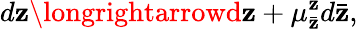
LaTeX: d\mathbf{z}\longrightarrowd\mathbf{z}+\mu_{\bar{{\mathbf{z}}}}^{\mathbf{z}}d\bar{{\mathbf{z}}},